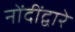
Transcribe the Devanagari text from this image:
नोंदींद्वारे